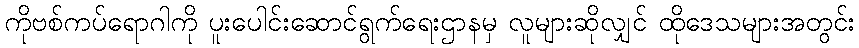
ကိုဗစ်ကပ်ရောဂါကို ပူးပေါင်းဆောင်ရွက်ရေးဌာနမှ လူများဆိုလျှင် ထိုဒေသများအတွင်း